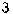
3